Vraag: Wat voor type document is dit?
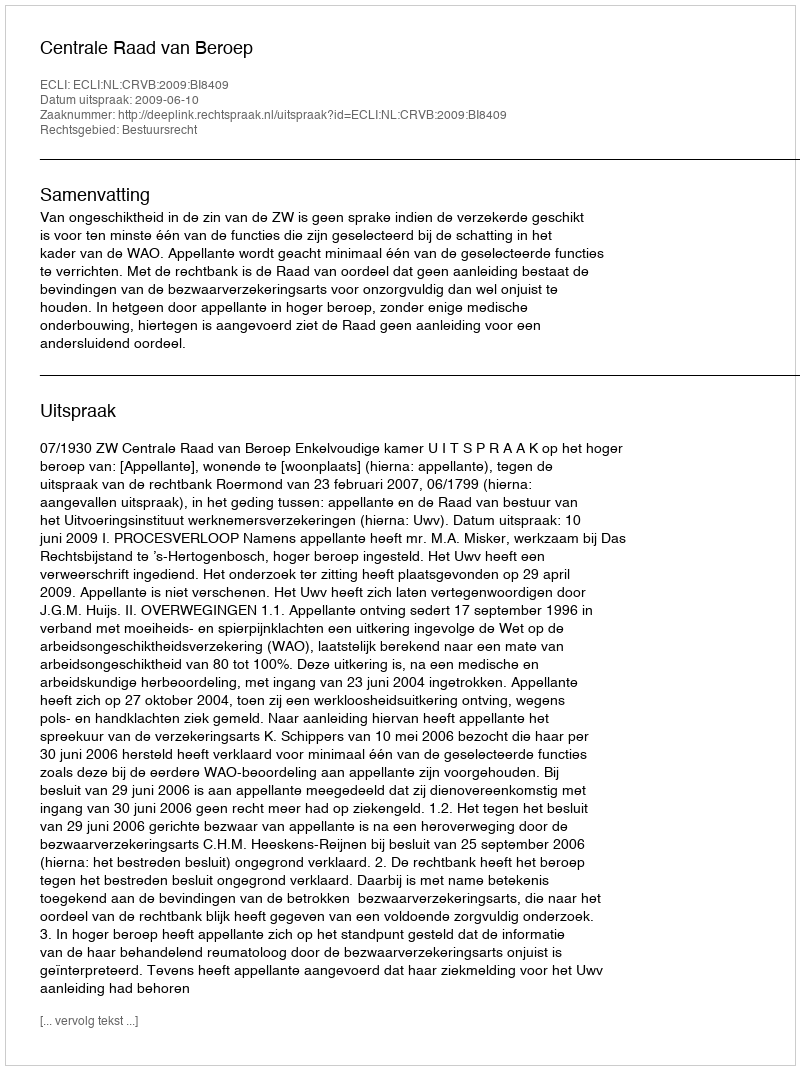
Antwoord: Uitspraak